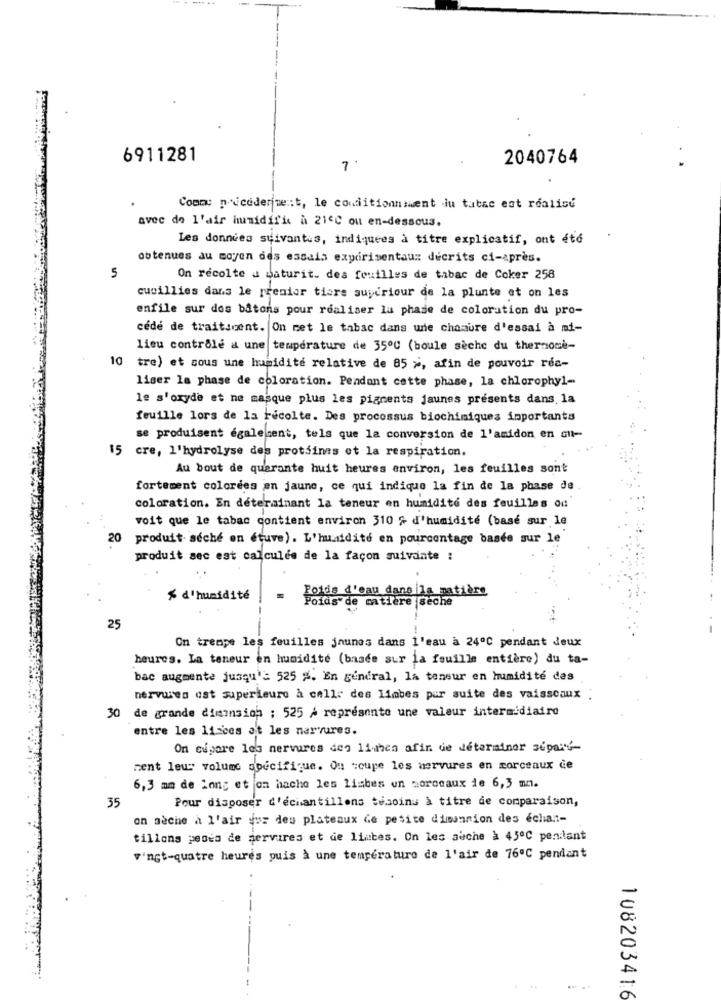
6911281
2040764
7
Comme pricederime :: t, le conditionmmwent ju tabac est realice
avec de l'air humidifis à 21ºC ou en-dessous.
Les données suivantes, indiquees à titre explicatif, ont été
obtenues au moyen des essais experimentaux décrits ci-après.
5
On récolte a maturit. des feuilles de tabac de Coker 258
cueillies dans le premier tiere suycriour de la plunte et on les
enfile sur dos bâtons pour realiser la phase de coloration du pro-
cédé de traitscent. On met le tabac dans une chaaure d'essai à mi-
lieu contrôle a une temperature de 350℃ (boule sèche du thernome-
10 tre) et sous une humidité relative de 85 >, afin de pouvoir rée-
liser la phase de coloration. Pendant cette phase, la chlorophyl-
le s'oxyde et ne masque plus les pigments jaunes présents dans la
feuille lors de la récolte. Des processus biochimiques importants
se produisent également, tels que la conversion de l'amidon en su-
15 cre, l'hydrolyse des protsines et la respiration.
Au bout de quarante huit heures environ, les feuilles sont
fortement colorées en jaune, ce qui indique la fin de la phase de
coloration. En déterminant la teneur en humidité des feuilles od
voit que le tabac contient environ 310 % d'humidité (basé sur le
20
produit seche on etuve). L'humidité en pourcentage basée sur le
produit sec est calculée de la façon suivante :
% d'humidité
Poids de matière |seche
25
On trempe les feuilles jaunes dans l'eau à 24ºC pendant deux
heures. La teneur en humidité (baade sur la feuille entière) du ta-
bac augmente jusqu'à 525 %. En général, la teneur en humidité des
nervures ost superieure à celle des limbes pur suite des vaisseaux :
30 de grande dimension : 525 / représente une valeur intermédiaire
entre les lizces et les narvures.
On cupore les nervures den liwhen afin de determinar separe-
ment leur volume specifique. Ou soupe les nervures en morceaux de
6,3 mm de long et on hache les limbes un morceaux de 6,3 mm.
Pour disposer d'échantillons tésoins à titre de comparaison,
35
on sèche a l'air (or des plateaux de pesite dimension des échan-
tillons pesea de servires et de limtes. On les auche à 45ºC pendant
vingt-quatre heures puis à une température de l'air de 76ºC pendant
108203416